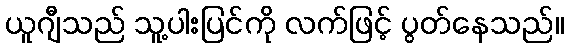
ယူဂျီသည် သူ့ပါးပြင်ကို လက်ဖြင့် ပွတ်နေသည်။